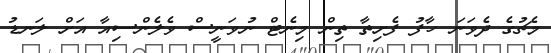
މެޗުގެ ދެވަނަ ހާފު ފެށިތާ ތިން މިނެޓް ނުވަނީސް ވެލެންސިއާ އަށް ލަނޑު